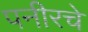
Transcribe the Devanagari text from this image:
पनीरचे